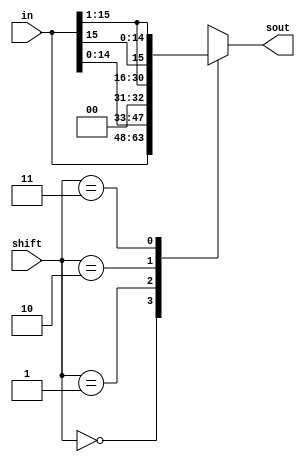
module shifter(in,shift,sout);
  input [15:0] in;
  input [1:0] shift;
  output [15:0] sout;

  reg [15:0] sout; //sout is set in the always block below, so it must be a reg as well

  always @(*)begin
    //cases for shift:
    //00 sout = in
    //01 in shifted left 1-bit, least significant bit is zero
    //10 in shifted right 1-bit, most significant bit, MSB, is 0
    //11 in shifted right 1-bit, MSB is copy of in[15]
    case (shift)
      2'b00: sout = in;
      2'b01: sout = {in[14:0],1'b0}; //least significant bit is zero 
      2'b10: sout = {1'b0,in[15:1]}; //MSB is 0, rest is in[15:1]
      2'b11: sout = {in[15],in[15:1]}; //same as above, except MSB is in[15]
      default: sout = {16{1'bx}};
    endcase
  end
endmodule